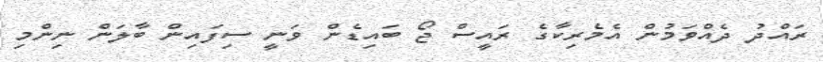
ރައްދު ދެއްވަމުން އެމެރިކާގެ ރައީސް ޖޯ ބައިޑެން ވަނީ ސިފައިން ބާލަން ނިންމި